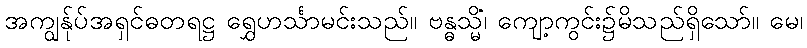
အကျွန်ုပ်အရှင်ဓတရဋ္ဌ ရွှေဟင်္သာမင်းသည်။ ဗန္ဓသ္မိံ၊ ကျော့ကွင်း၌မိသည်ရှိသော်။ မေ၊